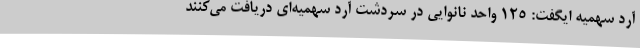
آرد سهمیه ایگفت: 125 واحد نانوایی در سردشت آرد سهمیه‌ای دریافت می‌کنند